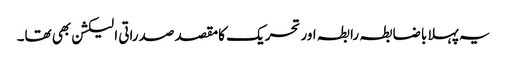
یہ پہلا باضابطہ رابطہ اور تحریک کامقصد صدراتی الیکشن بھی تھا۔